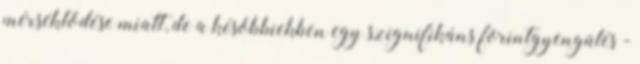
mérséklődése miatt, de a későbbiekben egy szignifikáns forintgyengülés -